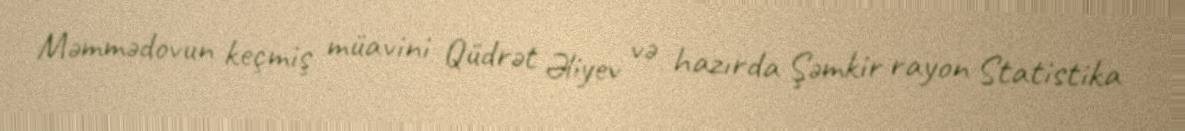
Məmmədovun keçmiş müavini Qüdrət Əliyev və hazırda Şəmkir rayon Statistika